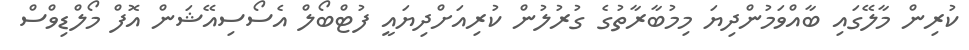
ކުރިން މާލޭގައި ބާއްވަމުންދިޔަ މިމުބާރާތުގެ ގުރުލުން ކުރިއަށްދިޔައީ ފުޓްބޯލް އެސޯސިއޭޝަން އޮފް މޯލްޑިވްސް